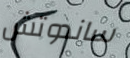
ساندوتش